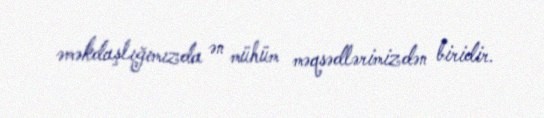
əməkdaşlığımızda ən mühüm məqsədlərimizdən biridir.